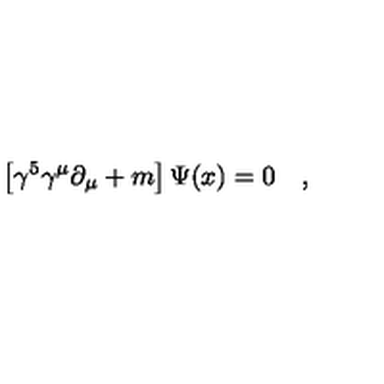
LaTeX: \left[ \gamma ^ { 5 } \gamma ^ { \mu } \partial _ { \mu } + m \right] \Psi ( x ) = 0 \quad ,